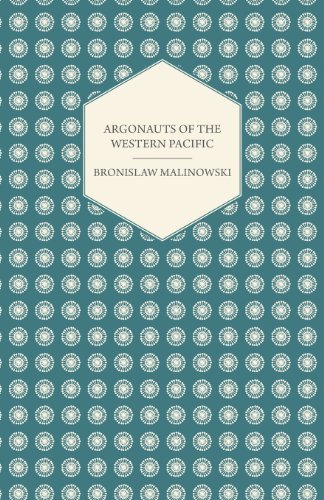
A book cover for Argonauts Of The Western Pacific - An Account of Native Enterprise and Adventure in the Archipelagoes of Melanesian New Guinea - With 5 maps, 65 ... (Studies in Economics and Political Science); Bronislaw Malinowski; History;